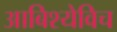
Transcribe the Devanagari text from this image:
आबिश्येविच